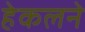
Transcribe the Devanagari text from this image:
हेकलने